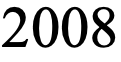
2008